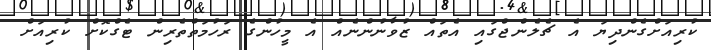
ކުރިއަށްގެންދިޔަ އެ ޗެލެންޖްގައި އެތައް ޒުވާނުންނެއް އެ މީހުންގެ ރަހުމަތްތެރިން ޓެގްކޮށް ކުރިއަށް